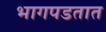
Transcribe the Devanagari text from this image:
भागपडतात